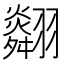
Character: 𦒪